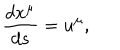
\frac { d x ^ { \mu } } { d s } = u ^ { \mu } ,